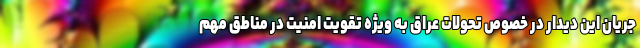
جریان این دیدار در خصوص تحولات عراق به ویژه تقویت امنیت در مناطق مهم